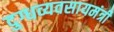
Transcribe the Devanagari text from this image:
दुग्धव्यवसायमंत्री